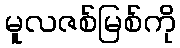
မူလဇစ်မြစ်ကို